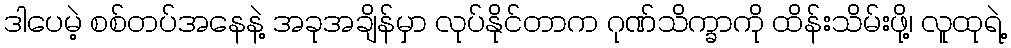
ဒါပေမဲ့ စစ်တပ်အနေနဲ့ အခုအချိန်မှာ လုပ်နိုင်တာက ဂုဏ်သိက္ခာကို ထိန်းသိမ်းဖို့၊ လူထုရဲ့